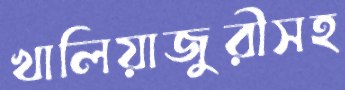
খালিয়াজুরীসহ